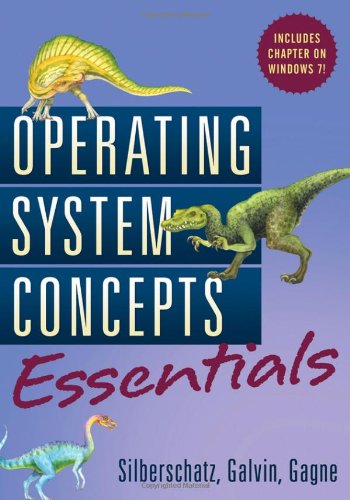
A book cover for Operating System Concepts Essentials; Abraham Silberschatz; Computers & Technology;